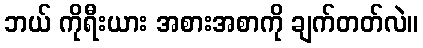
ဘယ် ကိုရီးယား အစားအစာကို ချက်တတ်လဲ။